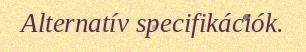
Alternatív specifikációk.